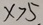
x > 5